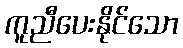
ကူညီပေးနိုင်သော